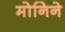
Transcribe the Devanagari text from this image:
मोनिने